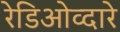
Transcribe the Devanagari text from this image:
रेडिओव्दारे